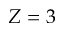
Z = 3